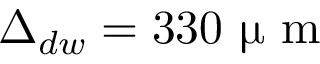
\Delta _ { d w } = 3 3 0 ~ \upmu \textrm { m }